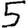
Digit: 5